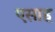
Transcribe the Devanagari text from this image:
एसाह